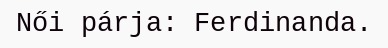
Női párja: Ferdinanda.